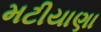
મટીયાણા